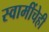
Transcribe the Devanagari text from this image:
स्वामींचेही